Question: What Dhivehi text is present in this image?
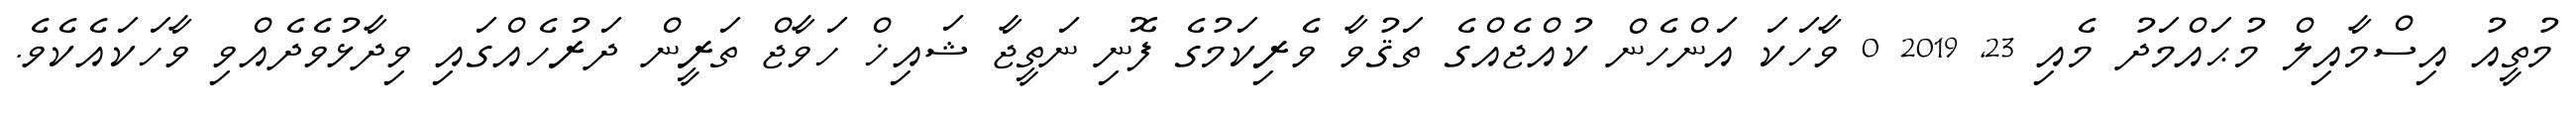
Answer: މުތީއު އިސްމާއިލް މުޙައްމަދު މެއި 23, 2019 0 ވާހަކަ އަންހެން ކުއްޖެއްގެ ތަޤުވާ ވެރިކަމުގެ ފޮނި ނަތީޖާ ޝައިޚް ހަވާޖް ތަރީން ދަރުހެއްގައި ވިދާޅުވެދެއްވި ވާހަކައެކެވެ.